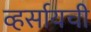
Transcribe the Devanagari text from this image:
व्हर्सायची